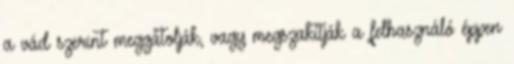
a vád szerint meggátolják, vagy megszakítják a felhasználó éppen